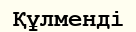
Құлменді